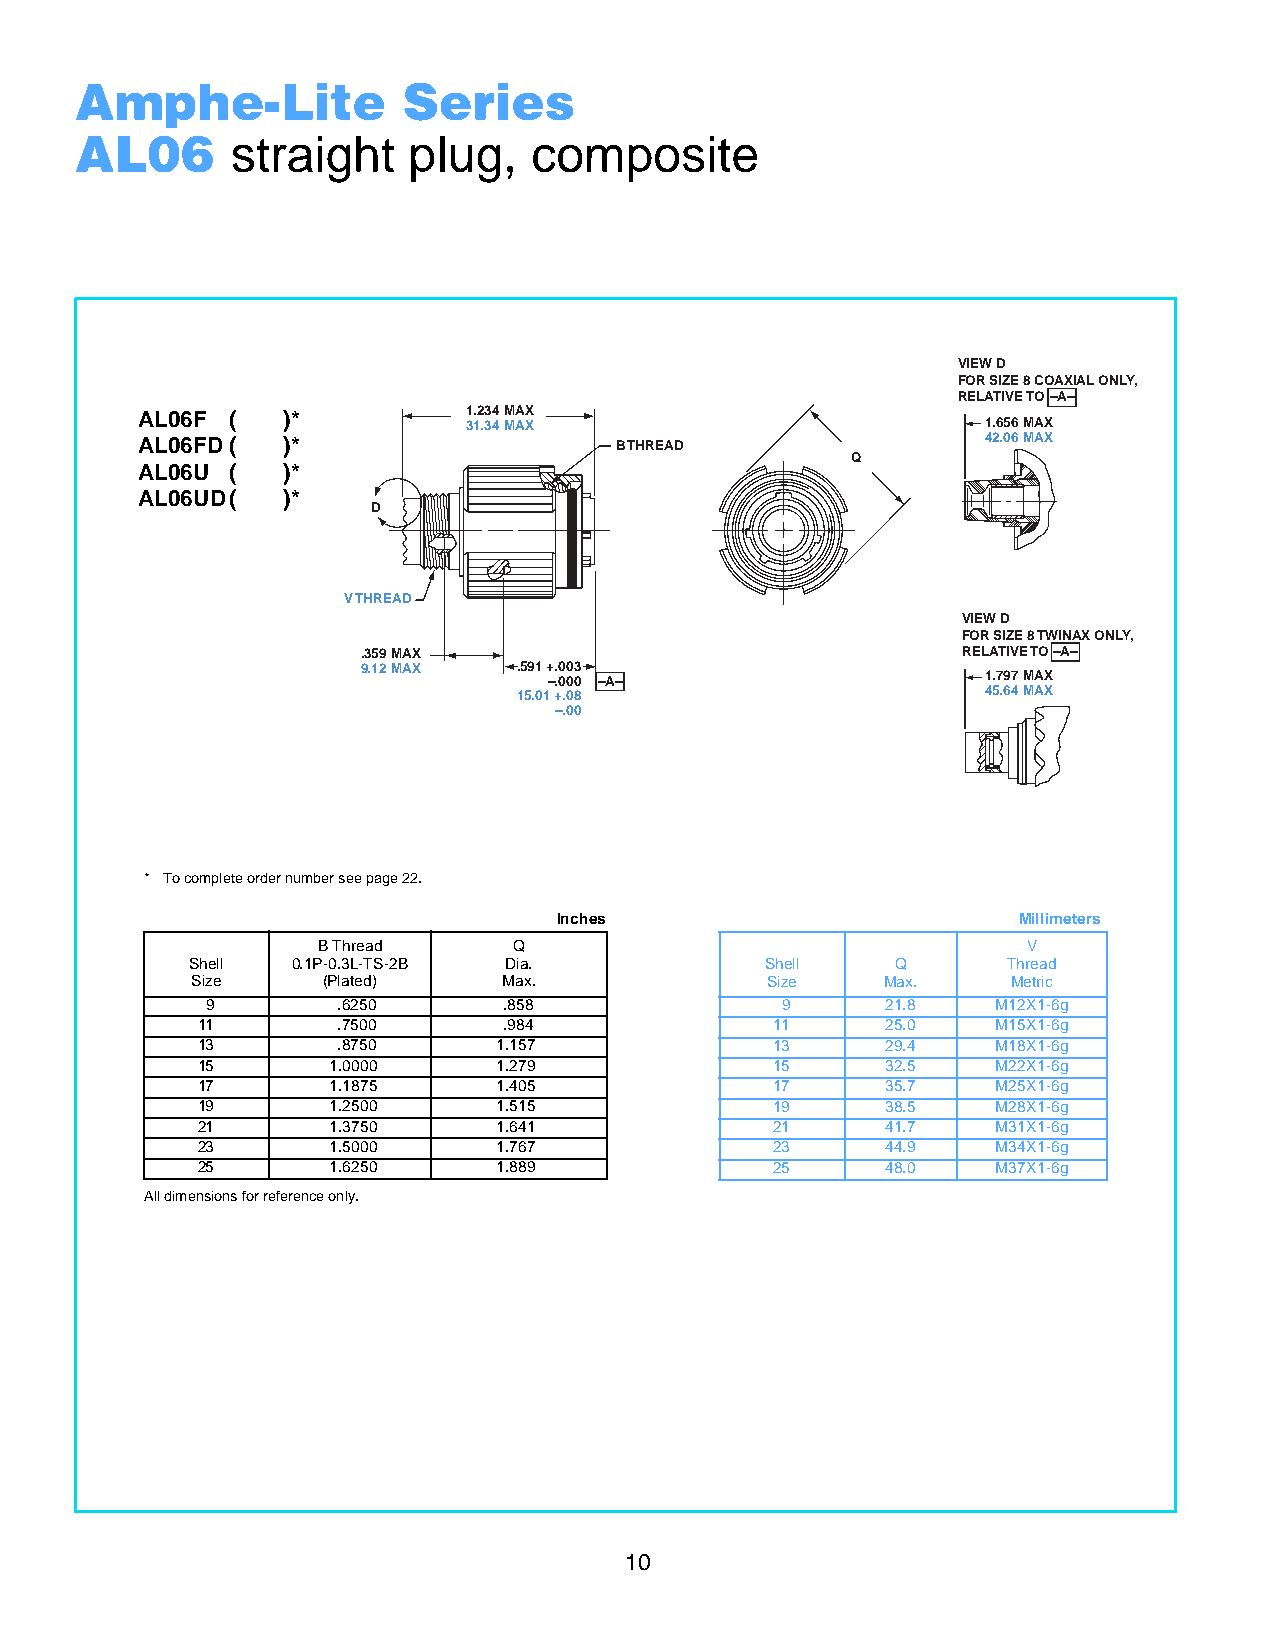
Amphe-Lite            Series
 AL06      straight    plug,   composite
 VIEW D
 FOR SIZE 8 COAXIAL ONLY,
 RELATIVE TO–A–
 AL06F (   )*          1.234 MAX
 31.34 MAX                         1.656 MAX
 AL06FD(   )*                    B THREAD                42.06 MAX
 Q
 AL06U (   )*
 AL06UD(   )*
 D
 V THREAD
 VIEW D
 FOR SIZE 8 TWINAX ONLY,
 .359 MAX                                RELATIVE TO–A–
 9.12 MAX  .591 +.003
 –.000 –A–                    1.797 MAX
 15.01 +.08                     45.64 MAX
 –.00
 * To complete order number see page 22.
 Inches                        Millimeters
 B Thread     Q                                 V
 Shell 0.1P-0.3L-TS-2B Dia.            Shell   Q       Thread
 Size    (Plated)    Max.              Size   Max.     Metric
 9       .6250      .858               9      21.8   M12X1-6g
 11       .7500      .984              11      25.0   M15X1-6g
 13       .8750      1.157             13      29.4   M18X1-6g
 15       1.0000     1.279             15      32.5   M22X1-6g
 17       1.1875     1.405             17      35.7   M25X1-6g
 19       1.2500     1.515             19      38.5   M28X1-6g
 21       1.3750     1.641             21      41.7   M31X1-6g
 23       1.5000     1.767             23      44.9   M34X1-6g
 25       1.6250     1.889             25      48.0   M37X1-6g
 All dimensions for reference only.
 1010